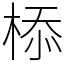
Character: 㮇